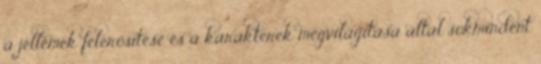
a jellemek felerősítése és a karakterek megvilágítása által sokmindent